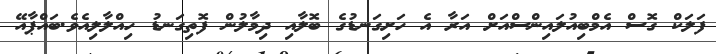
ފަލަކް ގޮސް އެމްބިއުލައިންސްއަށް އަރާ އެ ހަށިގަނޑުގެ ބޮލާއި ދިމާލުން ފޮތިގަނޑު ހިއްލާލިއެވެ.ބައްޕާއޭ